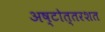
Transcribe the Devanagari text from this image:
अष्‍टोत्‍तरशत